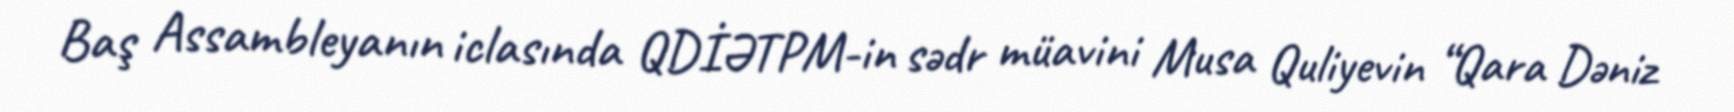
Baş Assambleyanın iclasında QDİƏTPM-in sədr müavini Musa Quliyevin “Qara Dəniz